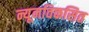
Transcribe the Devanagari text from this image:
न्यूनविकसित